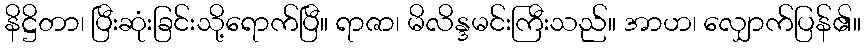
နိဋ္ဌိတာ၊ ပြီးဆုံးခြင်းသို့ရောက်ပြီ။ ရာဇာ၊ မိလိန္ဒမင်းကြီးသည်။ အာဟ၊ လျှောက်ပြန်၏။